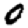
Digit: 0